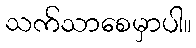
သက်သာစေမှာပါ။